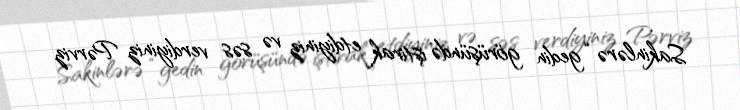
Sakinlərə “gedin görüşündə iştirak etdiyiniz və səs verdiyiniz Pərviz